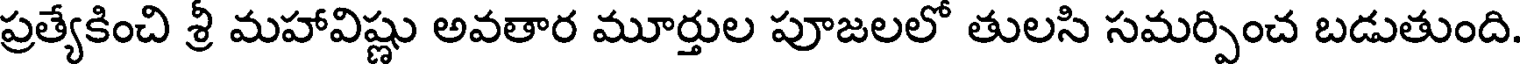
ప్రత్యేకించి శ్రీ మహావిష్ణు అవతార మూర్తుల పూజలలో తులసి సమర్పించ బడుతుంది